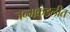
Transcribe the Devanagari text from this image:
जन्मकुंडलीत